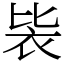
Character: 䘡